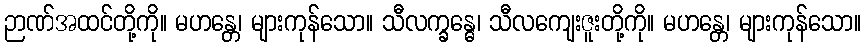
ဉာဏ်အထင်တို့ကို။ မဟန္တေ၊ များကုန်သော။ သီလက္ခန္ဓေ၊ သီလကျေးဇူးတို့ကို။ မဟန္တေ၊ များကုန်သော။